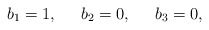
\begin{align*}b_{1}=1,\;\;\;\;\;b_{2}=0,\;\;\;\;\;b_{3}=0, \end{align*}